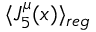
\langle J _ { 5 } ^ { \mu } ( x ) \rangle _ { r e g }